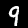
Digit: 9